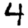
Digit: 4